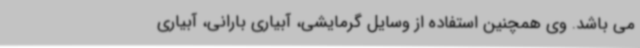
می باشد. وی همچنین استفاده از وسایل گرمایشی، آبیاری بارانی، آبیاری